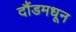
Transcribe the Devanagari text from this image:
दौंडमधून